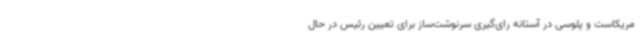
مریکاست و پلوسی در آستانه رای‌گیری سرنوشت‌ساز برای تعیین رئیس در حال